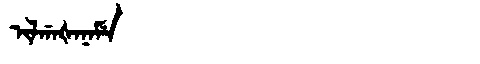
Manchu: ᡳᠯᡤᠠᡧᠠᠨᠠᠮᡝ
Romanization: ILGAŠANAME